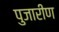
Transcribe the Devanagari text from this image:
पुजारीण